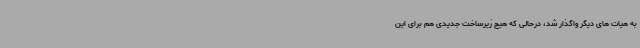
به هیات های دیگر واگذار شد، درحالی که هیچ زیرساخت جدیدی هم برای این